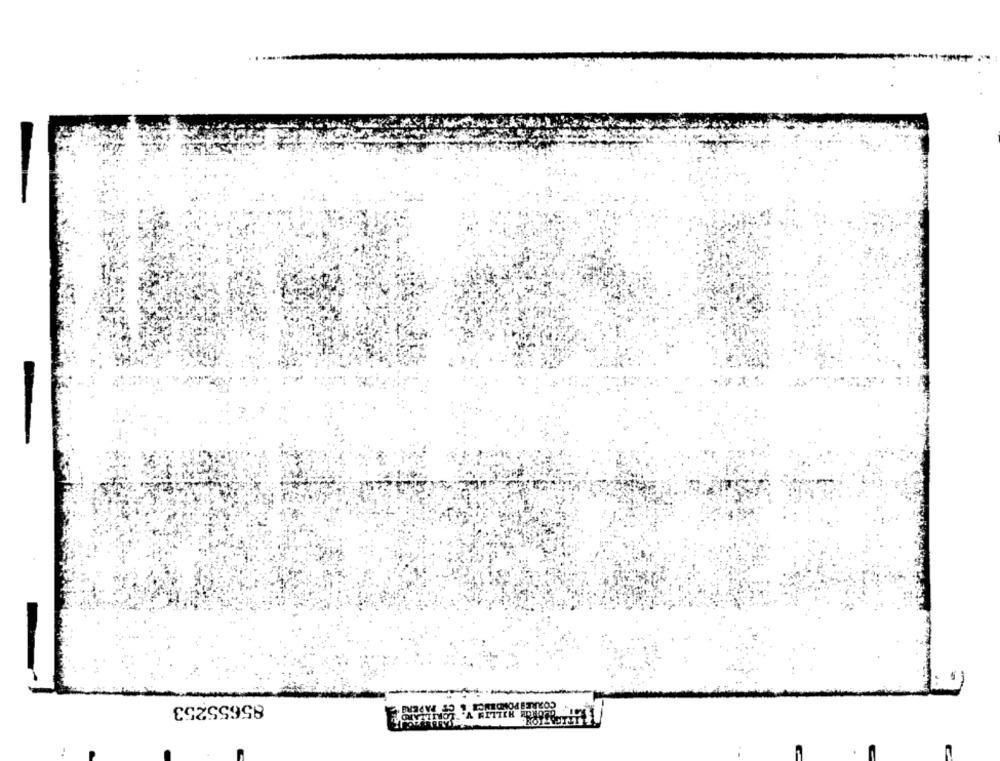
85655253